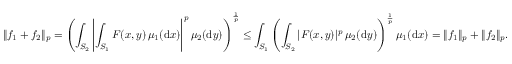
\| f _ { 1 } + f _ { 2 } \| _ { p } = \left( \int _ { S _ { 2 } } \left| \int _ { S _ { 1 } } F ( x , y ) \, \mu _ { 1 } ( \mathrm { d } x ) \right| ^ { p } \mu _ { 2 } ( \mathrm { d } y ) \right) ^ { \frac { 1 } { p } } \leq \int _ { S _ { 1 } } \left( \int _ { S _ { 2 } } | F ( x , y ) | ^ { p } \, \mu _ { 2 } ( \mathrm { d } y ) \right) ^ { \frac { 1 } { p } } \mu _ { 1 } ( \mathrm { d } x ) = \| f _ { 1 } \| _ { p } + \| f _ { 2 } \| _ { p } .